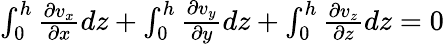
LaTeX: \begin{array}{r}{\int_{0}^{h}\frac{\partial v_{x}}{\partial x}dz+\int_{0}^{h}\frac{\partial v_{y}}{\partial y}dz+\int_{0}^{h}\frac{\partial v_{z}}{\partial z}dz=0}\end{array}